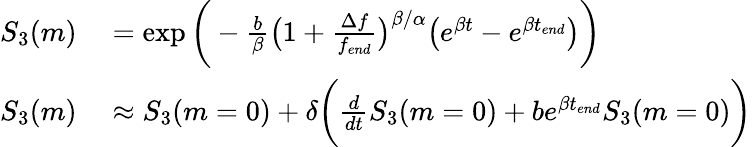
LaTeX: \begin{array}{rl}{S_{3}(m)}&{{}=\exp{\bigg(-\frac{b}{\beta}\big(1+\frac{\Delta f}{{f_{end}}}\big)^{\beta/\alpha}\big(e^{\beta t}-e^{\beta t_{end}}\big)\bigg)}}\\ {S_{3}(m)}&{{}\approx S_{3}(m=0)+\delta\bigg(\frac{d}{dt}S_{3}(m=0)+be^{\beta t_{end}}S_{3}(m=0)\bigg)}\end{array}